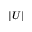
| U |